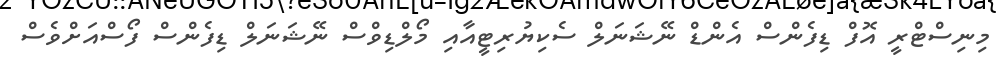
މިނިސްޓްރީ އޮފް ޑިފެންސް އެންޑް ނޭޝަނަލް ސެކިޔުރިޓީއާއި މޯލްޑިވްސް ނޭޝަނަލް ޑިފެންސް ފޯސްއަށްވެސް